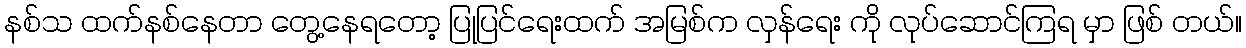
နစ်သ ထက်နစ်နေတာ တွေ့နေရတော့ ပြုပြင်ရေးထက် အမြစ်က လှန်ရေး ကို လုပ်ဆောင်ကြရ မှာ ဖြစ် တယ်။